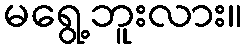
မရွေ့ဘူးလား။